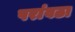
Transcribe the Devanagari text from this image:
परांवठा